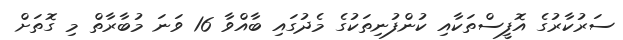
ސަރުކާރުގެ އޮފީސްތަކާއި ކުންފުނިތަކުގެ މެދުގައި ބާއްވާ 16 ވަނަ މުބާރާތް މި ގޮތަށް